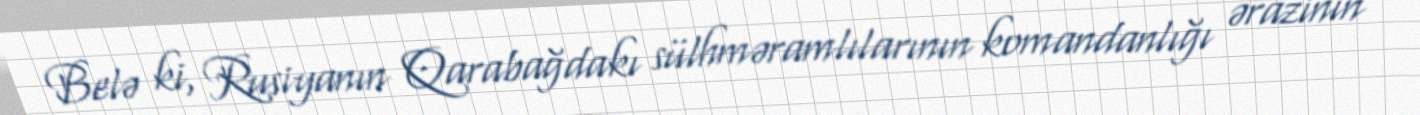
Belə ki, Rusiyanın Qarabağdakı sülhməramlılarının komandanlığı ərazinin